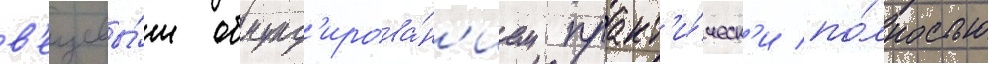
в'ещевы́м обмунд'ирова́н'ием практ'и́ческ'и по́лностью